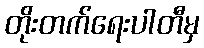
တိုးတက်ရေးပါတီမှ